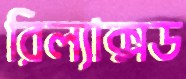
রিল্যাক্সড